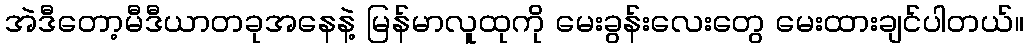
အဲဒီတော့မီဒီယာတခုအနေနဲ့ မြန်မာလူထုကို မေးခွန်းလေးတွေ မေးထားချင်ပါတယ်။